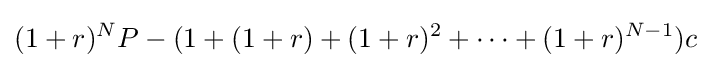
(1+r)^{N}P-(1+(1+r)+(1+r)^{2}+\cdots +(1+r)^{N-1})c